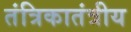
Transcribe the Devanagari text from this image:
तंत्रिकातंत्रीय